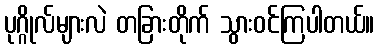
ပုဂ္ဂိုလ်များလဲ တခြားတိုက် သွားဝင်ကြပါတယ်။